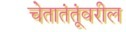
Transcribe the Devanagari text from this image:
चेतातंतूंवरील